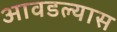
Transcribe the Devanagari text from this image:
आवडल्यास